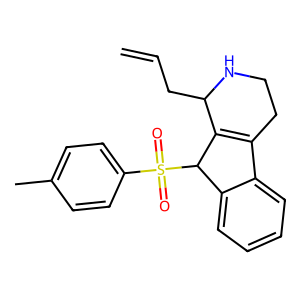
SMILES: C=CCC1NCCC2=C1C(S(=O)(=O)c1ccc(C)cc1)c1ccccc12
Inhibits HIV replication: No